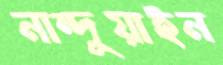
নান্দুয়াইন